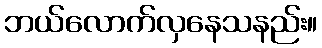
ဘယ်လောက်လှနေသနည်း။